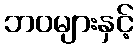
ဘဝများနှင့်